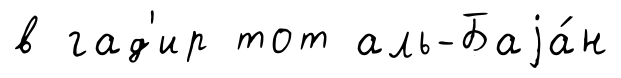
в гад'ир тот аль-Баjа́н